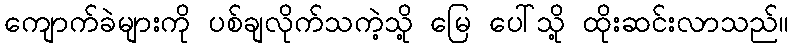
ကျောက်ခဲများကို ပစ်ချလိုက်သကဲ့သို့ မြေ ပေါ်သို့ ထိုးဆင်းလာသည်။